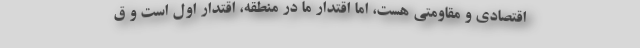
اقتصادی و مقاومتی هست، اما اقتدار ما در منطقه، اقتدار اول است و ق